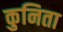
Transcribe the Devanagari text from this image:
कुनिता